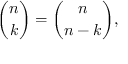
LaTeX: { \binom { n } { k } } = { \binom { n } { n - k } } ,